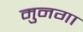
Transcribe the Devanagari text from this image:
मुनगा